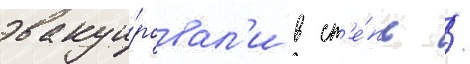
эвакуи́ровал'и в ст'е́пь /